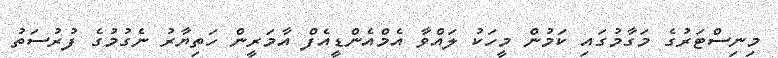
މިނިސްޓަރުގެ މަގާމުގައި ކަމުން މީހަކު ލައްވާ އެމްއެންޑީއެފް އާމަރީން ހަތިޔާރު ނެގުމުގެ ފުރުސަތު